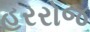
હરરોજ